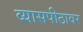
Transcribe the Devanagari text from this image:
व्‍यासपीठावर